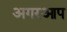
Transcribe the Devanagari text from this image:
अगरआप